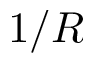
1 / R